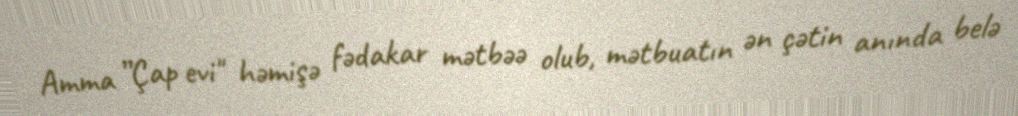
Amma ”Çap evi" həmişə fədakar mətbəə olub, mətbuatın ən çətin anında belə